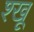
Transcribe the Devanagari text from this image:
श्खू